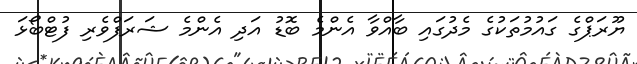
ޔޫރަޕްގެ ގައުމުތަކުގެ މެދުގައި ބާއްވާ އެންމެ ބޮޑު އަދި އެންމެ ޝަރަފްވެރި ފުޓްބޯޅަ